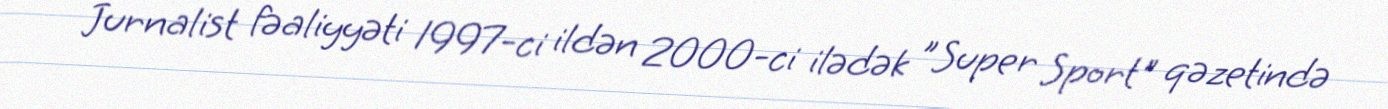
Jurnalist fəaliyyəti 1997-ci ildən 2000-ci ilədək "Super Sport" qəzetində